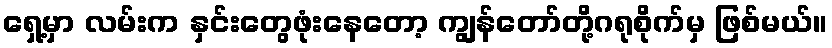
ရှေ့မှာ လမ်းက နှင်းတွေဖုံးနေတော့ ကျွန်တော်တို့ဂရုစိုက်မှ ဖြစ်မယ်။